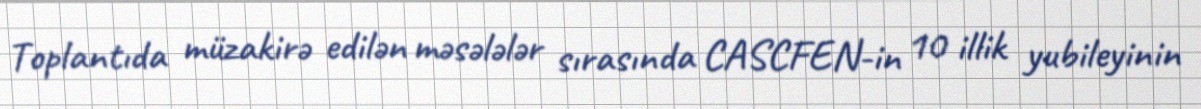
Toplantıda müzakirə edilən məsələlər sırasında CASCFEN-in 10 illik yubileyinin